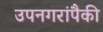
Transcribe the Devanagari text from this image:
उपनगरांपैकी